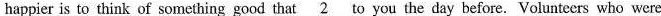
happier is to think of something good that \underline{2}to you the day before. Volunteers who were